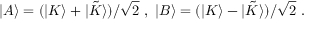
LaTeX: | A \rangle = ( | K \rangle + | { \tilde { K } } \rangle ) / \sqrt { 2 } \ , \ | B \rangle = ( | K \rangle - | { \tilde { K } } \rangle ) / \sqrt { 2 } \ .